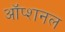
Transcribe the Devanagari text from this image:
ऑप्शनल